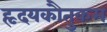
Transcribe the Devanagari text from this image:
हृदयकौतुकम्‌